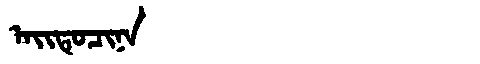
Manchu: ᠠᡳᡨᡠᠴᡳᠨᠠ
Romanization: AITUCINA